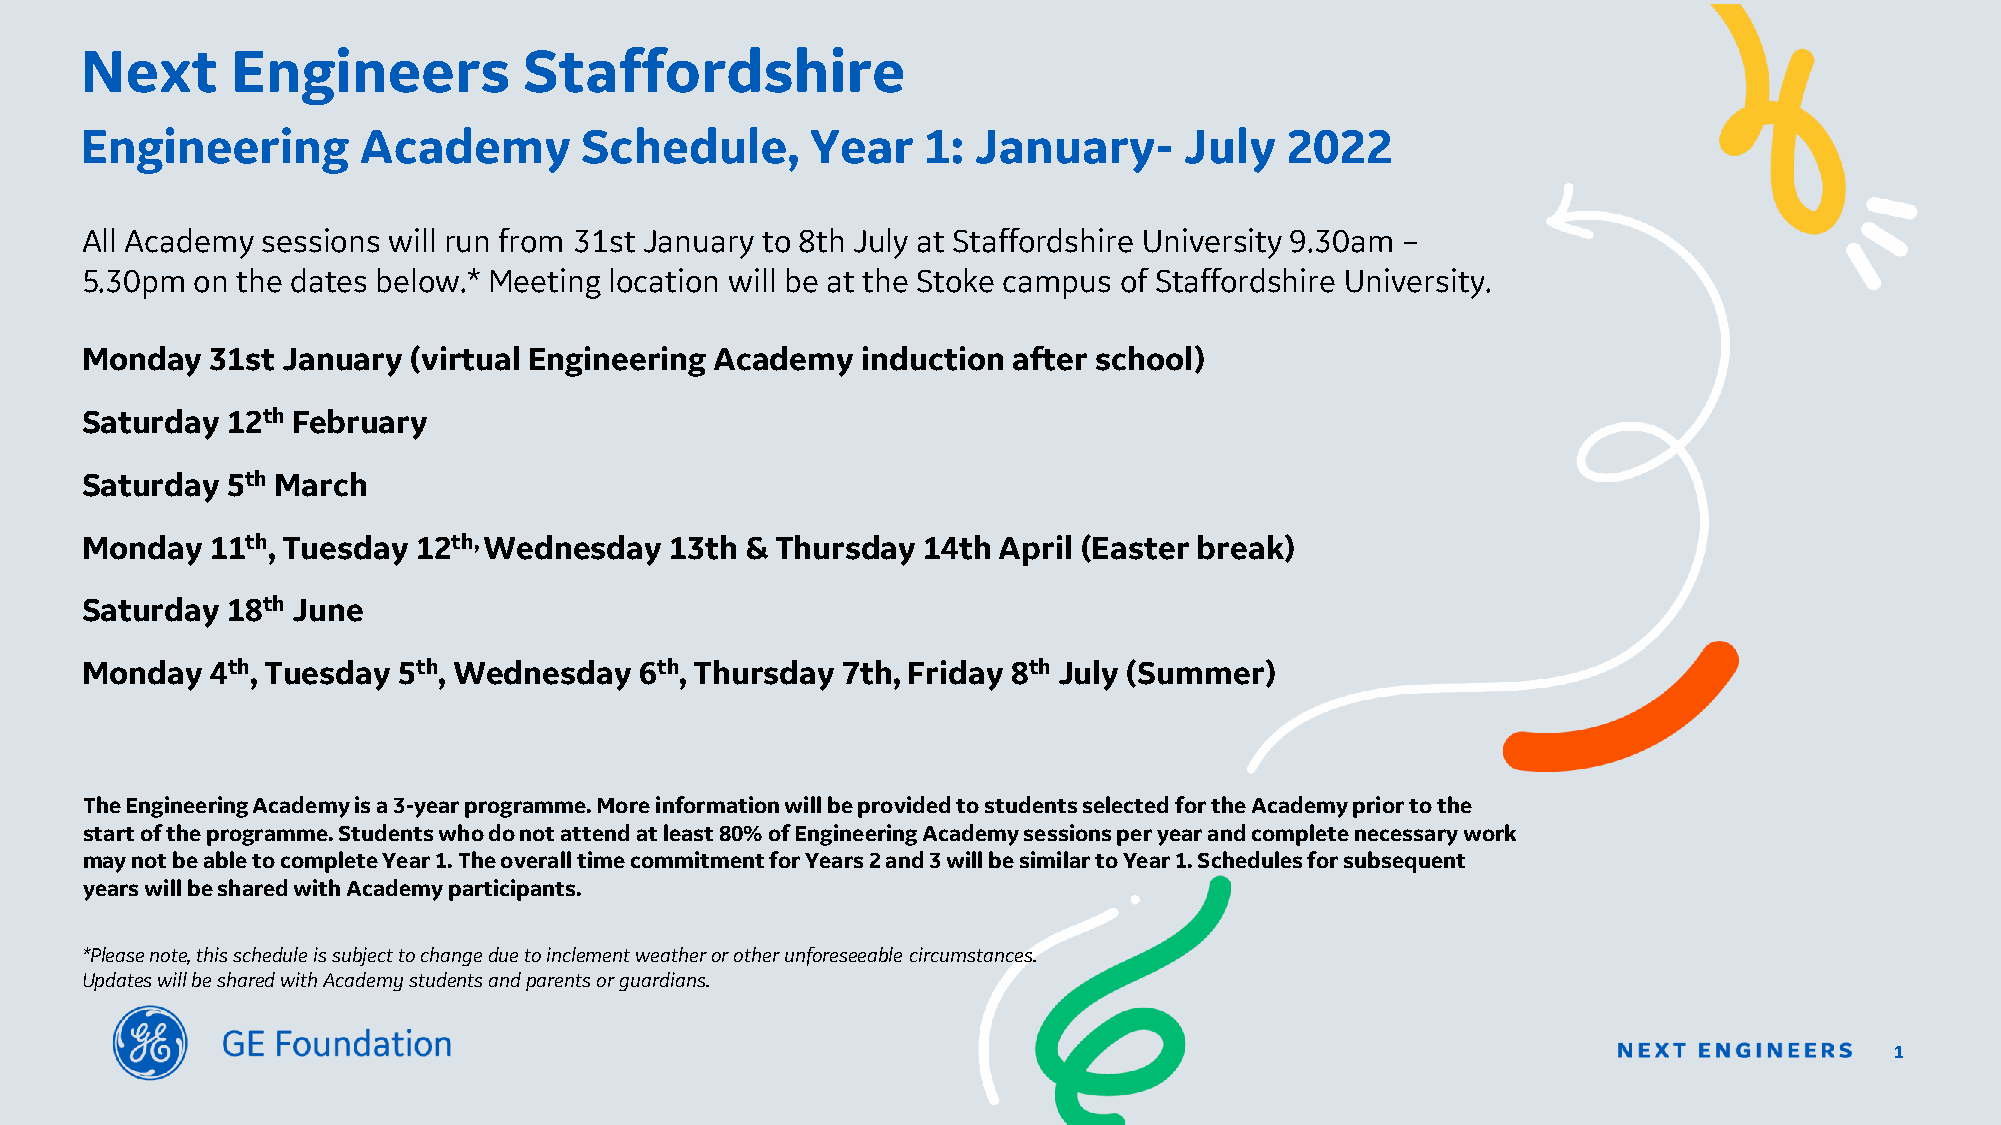
Next      Engineers           Staffordshire
 Engineering        Academy       Schedule,       Year   1: January-      July   2022
 All Academy sessions will run from 31st January to 8th July at Staffordshire University 9.30am –
 5.30pm  on the dates below.* Meeting location will be at the Stoke campus of Staffordshire University.
 Monday   31st January (virtual Engineering Academy  induction after school)
 Saturday  12th February
 Saturday  5th March
 Monday   11th, Tuesday 12th, Wednesday 13th & Thursday  14th April (Easter break)
 Saturday  18th June
 Monday   4th, Tuesday 5th, Wednesday 6th, Thursday 7th, Friday 8th July (Summer)
 The Engineering Academy is a 3-year programme. More information will be provided to students selected for the Academy prior to the
 start of the programme. Studentswho do not attend at least 80% of Engineering Academy sessions per year and complete necessary work
 may not be able to complete Year 1.Theoverall time commitment for Years 2 and 3 will be similar toYear 1. Schedules for subsequent
 years will be shared with Academy participants.
 *Please note, this schedule is subject to change due to inclement weather or other unforeseeable circumstances.
 Updates will be shared with Academy students and parents or guardians.
 1